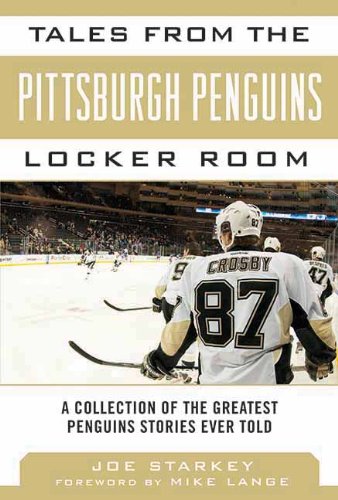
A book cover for Tales from the Pittsburgh Penguins Locker Room: A Collection of the Greatest Penguins Stories Ever Told (Tales from the Team); Joe Starkey; Sports & Outdoors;